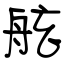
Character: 舷